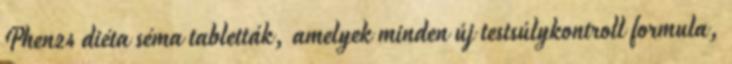
Phen24 diéta séma tabletták, amelyek minden új testsúlykontroll formula,